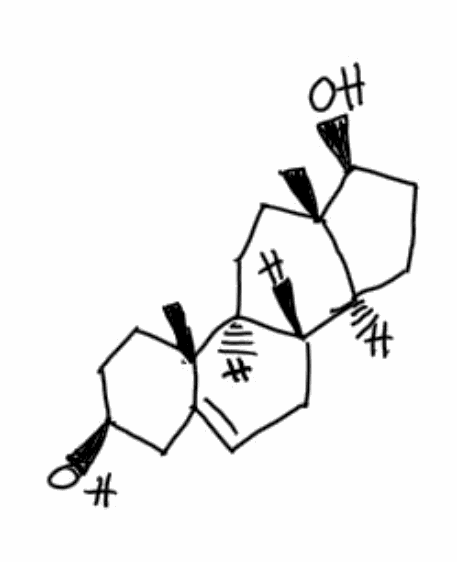
Simplified molecular-input line-entry system (SMILES) notation of the given molecule:
C[C@]12CC[C@H]3[C@H]([C@@H]1CC[C@@H]2O)CC=C4[C@@]3(CC[C@@H](C4)O)C